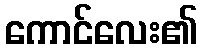
ကောင်လေး၏